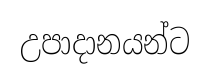
උපාදානයන්ට